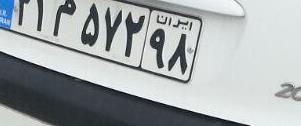
۳۱م۵۷۲۹۸